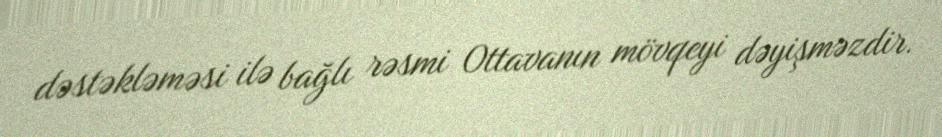
dəstəkləməsi ilə bağlı rəsmi Ottavanın mövqeyi dəyişməzdir.